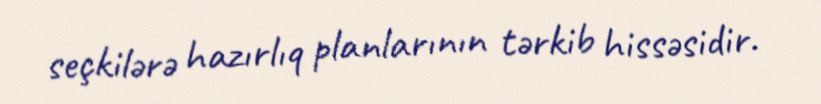
seçkilərə hazırlıq planlarının tərkib hissəsidir.